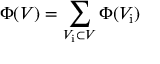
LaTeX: \Phi ( V ) = \sum _ { V _ { \mathrm { i } } \subset V } \Phi ( V _ { \mathrm { i } } )